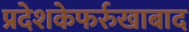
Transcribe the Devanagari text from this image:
प्रदेशकेफर्रुखाबाद